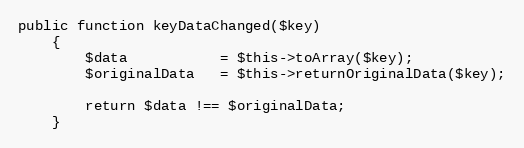
Language: PHP
public function keyDataChanged($key)
    {
        $data           = $this->toArray($key);
        $originalData   = $this->returnOriginalData($key);

        return $data !== $originalData;
    }